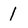
Character: 1